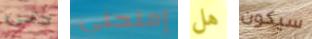
حتى إمنحني هل سيكون